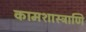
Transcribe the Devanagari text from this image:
कामशास्त्राणि